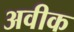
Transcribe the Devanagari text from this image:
अवीक